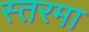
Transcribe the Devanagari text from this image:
स्तरमा